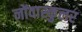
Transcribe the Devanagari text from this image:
नोंवास्कुलर